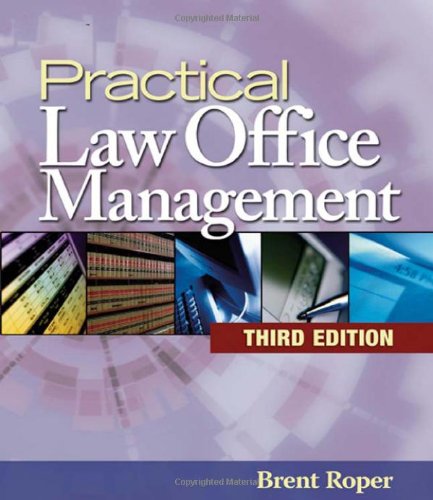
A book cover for Practical Law Office Management; Brent Roper; Law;